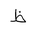
Letter: _za